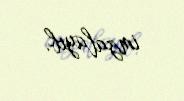
imzalayıb.